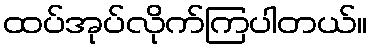
ထပ်အုပ်လိုက်ကြပါတယ်။